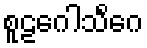
စူဠဂေါသိင်္ဂေ